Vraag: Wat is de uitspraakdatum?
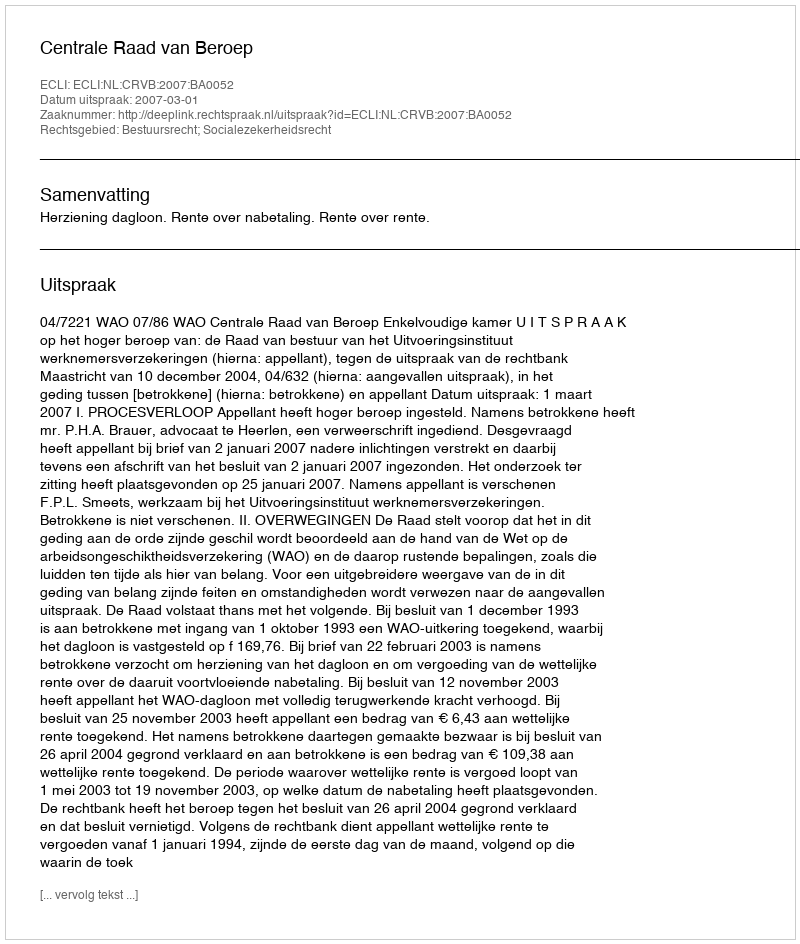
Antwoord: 2007-03-01